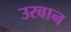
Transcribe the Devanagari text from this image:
उरबान